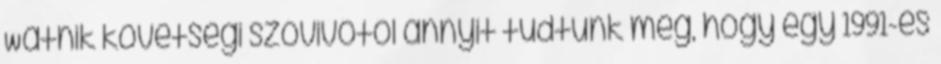
Watnik követségi szóvivőtől annyit tudtunk meg, hogy egy 1991-es